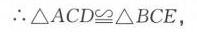
$\therefore \triangle ACD\cong\triangle BCE$，